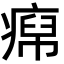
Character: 𬏹